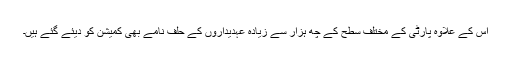
اس کے علاوہ پارٹی کے مختلف سطح کے چھ ہزار سے زیادہ عہدیداروں کے حلف نامے بھی کمیشن کو دیئے گئے ہیں۔